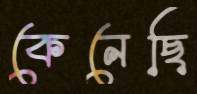
কেনেছি